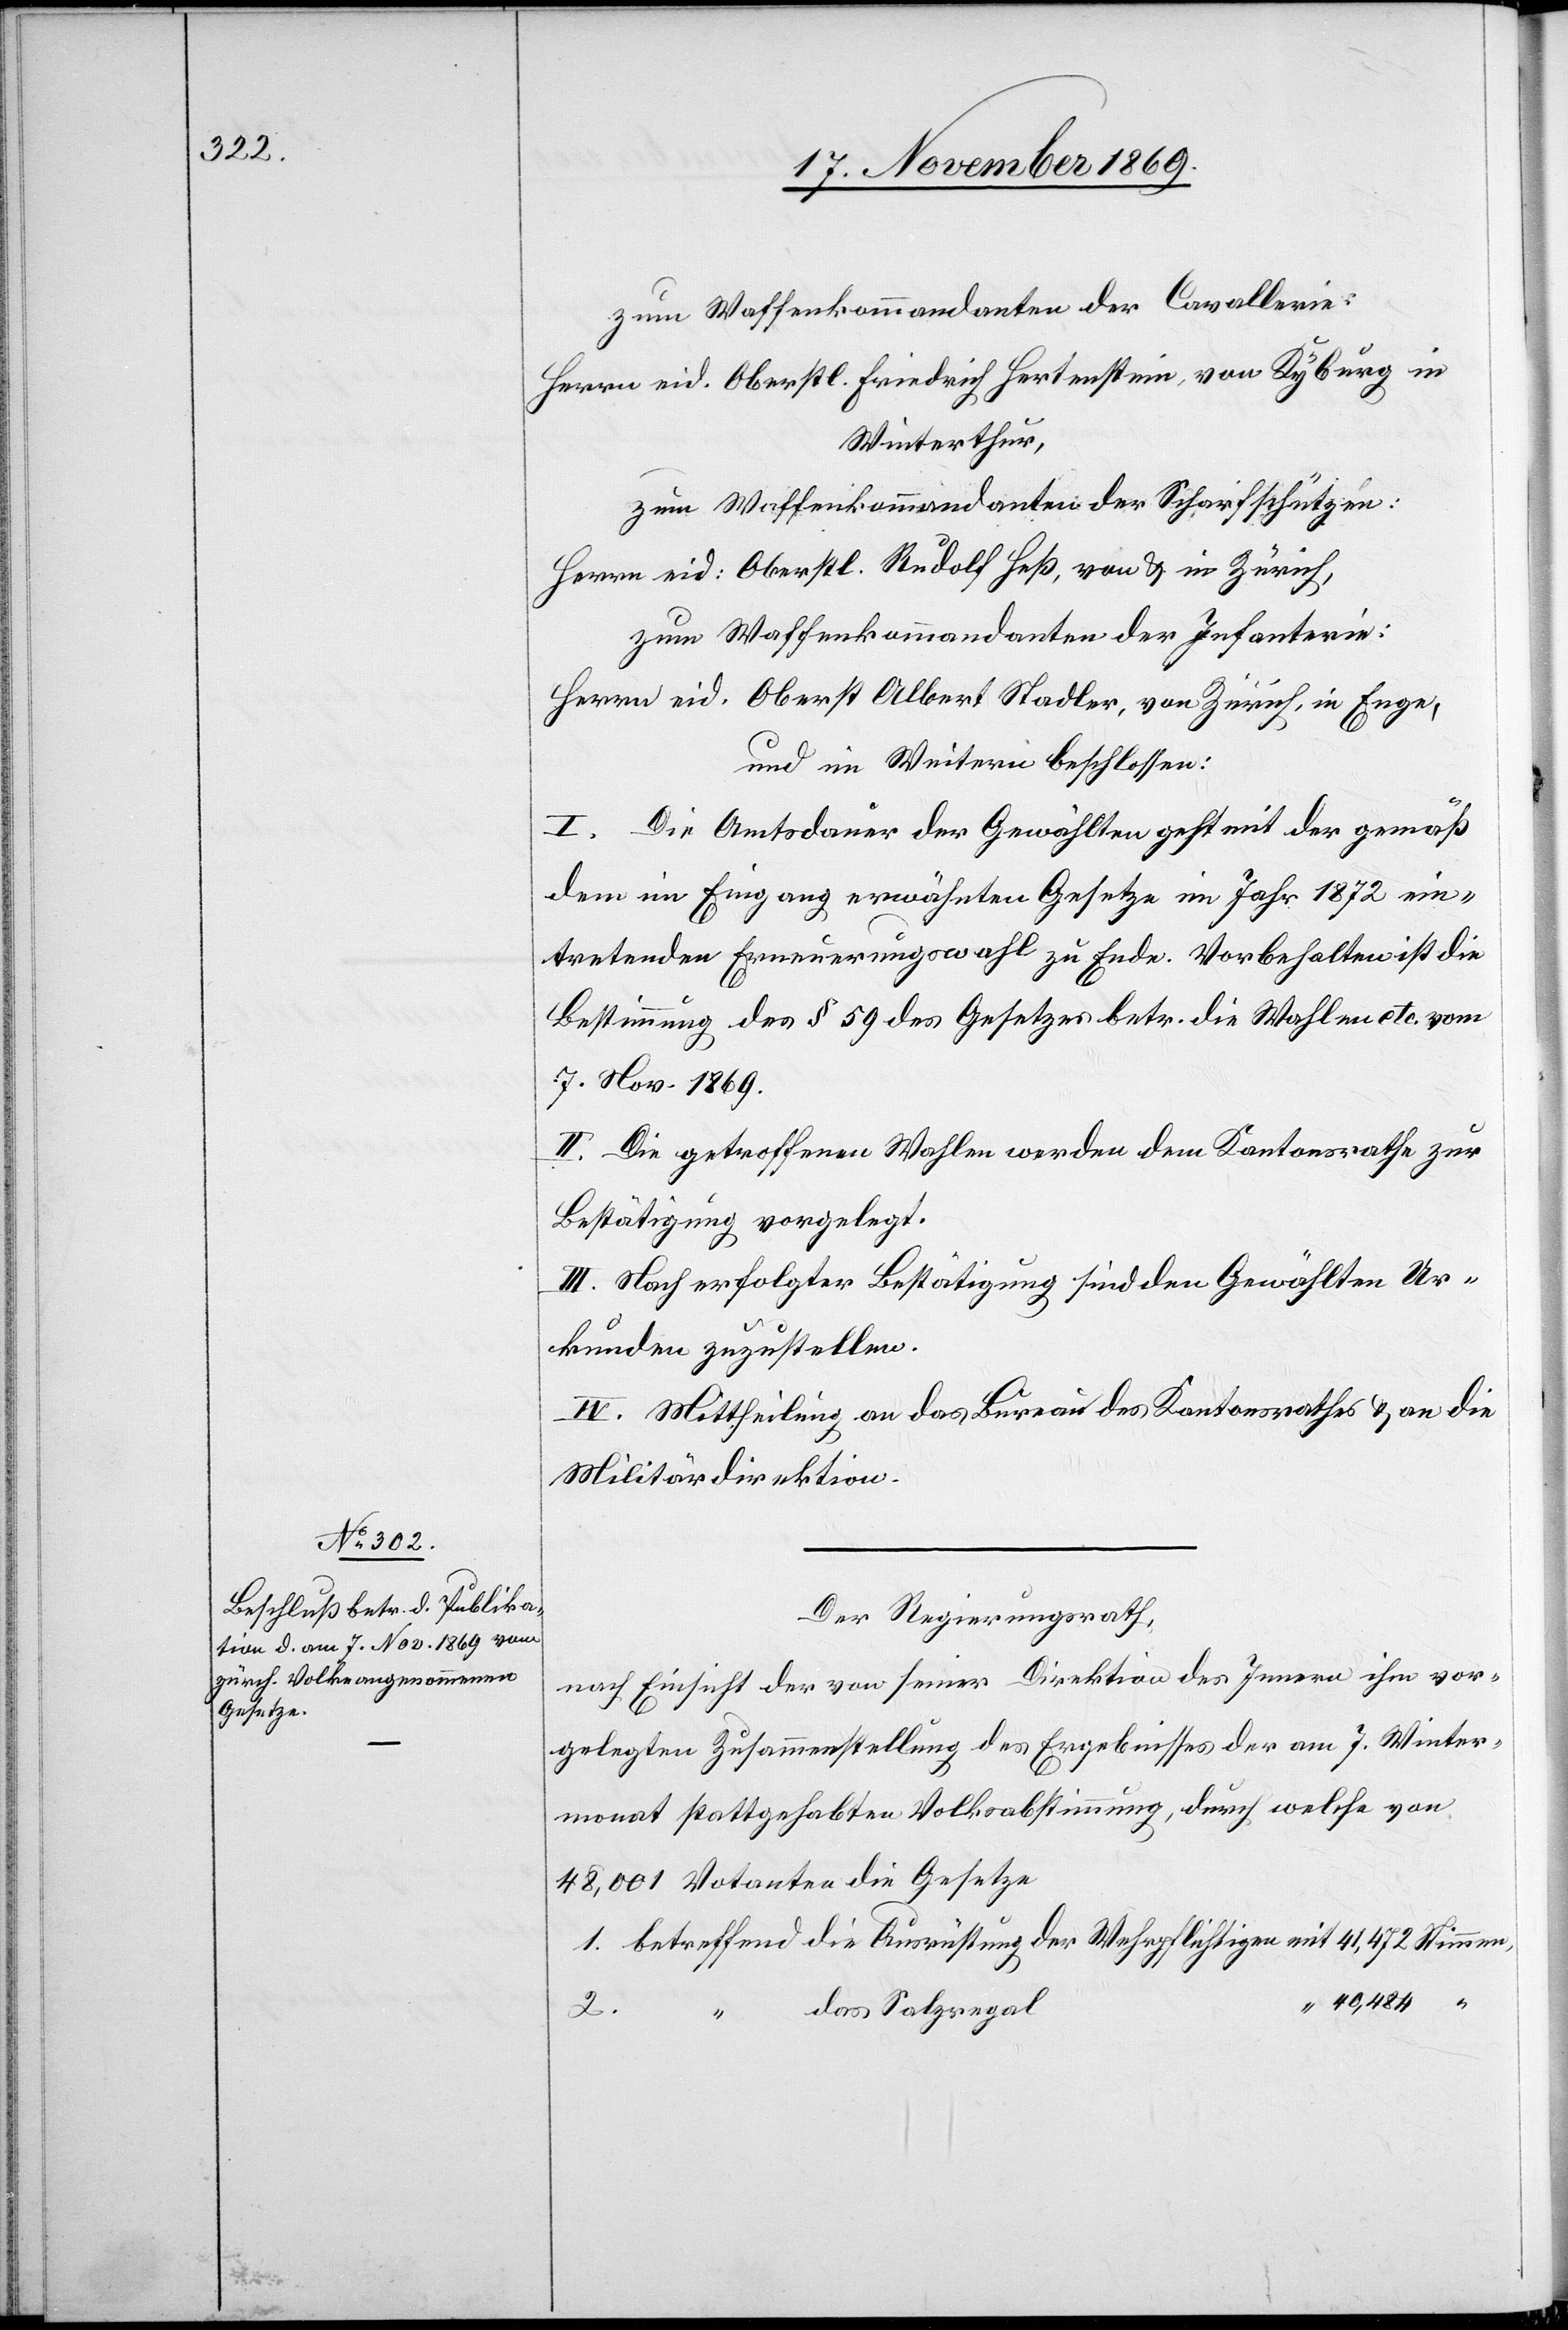
der

zum Waffenkommandanten der Cavallerie:
Herrn eid. Oberstl. Friedrich Hertenstein, von Kyburg in
Winterthur,
zum Waffenkommandanten der Scharfschützen:
Herrn eid: Oberstl. Rudolf Heß, von & in Zürich,
zum Waffenkommandanten der Infanterie:
Herrn eid. Oberst Albert Stadler, von Zürich, in Enge,
und im Weitern beschlossen:
I. Die Amtsdauer der Gewählten geht mit der gemäß
dem im Eingang erwähnten Gesetze im Jahr 1872 ein¬
tretenden Erneuerungswahl zu Ende. Vorbehalten ist die
Bestimmung des § 59 des Gesetzes betr. die Wahlen etc. vom
7. Nov. 1869.
II. Die getroffenen Wahlen werden dem Kantonsrathe zur
Bestätigung vorgelegt.
III. Nach erfolgter Bestätigung sind den Gewählten Ur¬
kunden zuzustellen.
IV. Mittheilung an das Bureau des Kantonsrathes & an die
Militärdirektion.
Der Regierungsrath,
nach Einsicht der von seiner Direktion des Innern ihm vor¬
gelegten Zusammenstellung des Ergebnisses der am 7. Winter¬
monat stattgehabten Volksabstimmung, durch welche von
48,001 Votanten die Gesetze
“ 40,484
“ das Salzregal